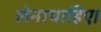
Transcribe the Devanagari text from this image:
लेनाचाहिए।